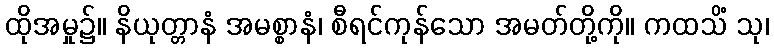
ထိုအမှု၌။ နိယုတ္တာနံ အမစ္စာနံ၊ စီရင်ကုန်သော အမတ်တို့ကို။ ကထသိံ သု၊